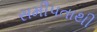
સમીપતાથી